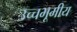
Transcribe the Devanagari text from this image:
उच्चभूमीय